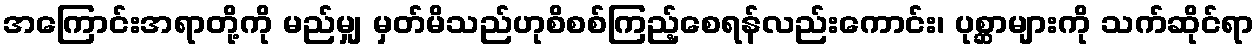
အကြောင်းအရာတို့ကို မည်မျှ မှတ်မိသည်ဟုစိစစ်ကြည့်စေရန်လည်းကောင်း၊ ပုစ္ဆာများကို သက်ဆိုင်ရာ